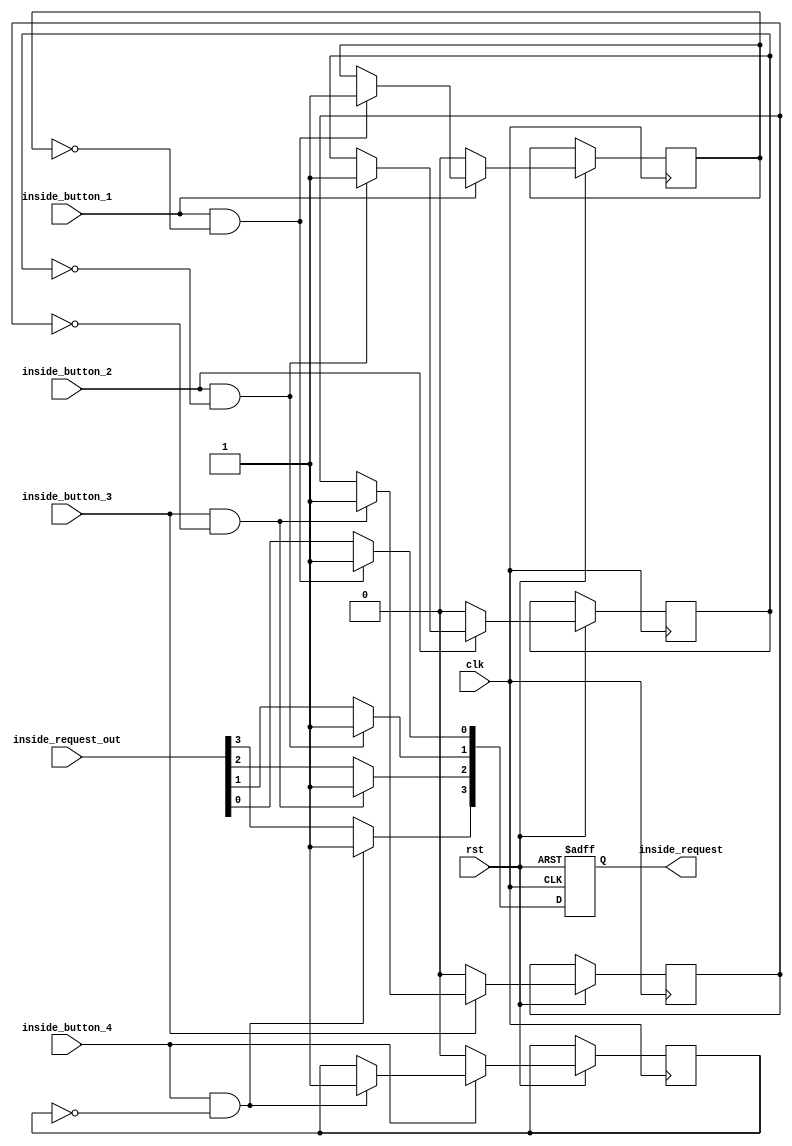
`timescale 1ns / 1ps
//////////////////////////////////////////////////////////////////////////////////
// Company: 
// Engineer: 
// 
// Design Name: 
// Module Name: Inside_Request_FF
// Project Name: 
// Target Devices: 
// Tool Versions: 
// Description: 
// 
// Dependencies: 
// 
// Revision:
// Revision 0.01 - File Created
// Additional Comments:
// 
//////////////////////////////////////////////////////////////////////////////////


module Inside_Request_FF(
	inside_request,clk,inside_request_out,inside_button_1,inside_button_2,inside_button_3,inside_button_4,rst
    );
	input[0:0] clk,inside_button_1,inside_button_2,inside_button_3,inside_button_4,rst;
	input[3:0] inside_request_out;
	output[3:0] inside_request;
	reg[3:0] temp,inside_request;
	reg[0:0] check_1,check_2,check_3,check_4;
	// inside_button_1,2,3,4 1,2,3,4
	always @ (posedge clk,negedge rst)
		begin
			if(~rst)
				inside_request = 4'b0000;
			else
				begin
					temp = inside_request_out;
					if(inside_button_1&~check_1)
						begin
							temp[0] = 1'b1;
							check_1 = 1'b1;
						end
					if(~inside_button_1)
						check_1 = 1'b0;
					if(inside_button_2&~check_2)
						begin
							temp[1] = 1'b1;
							check_2 = 1'b1;
						end
					if(~inside_button_2)
						check_2 = 1'b0;
					if(inside_button_3&~check_3)
						begin
							temp[2] = 1'b1;
							check_3 = 1'b1;
						end
					if(~inside_button_3)
						check_3 = 1'b0;
					if(inside_button_4&~check_4)
						begin
							temp[3] = 1'b1;
							check_4 = 1'b1;
						end
					if(~inside_button_4)
						check_4 = 1'b0;
					inside_request = temp;
				end			
		end
endmodule